Annual administration report of the Civil Veterinary Department of India - 1895-1896
Year: 1895
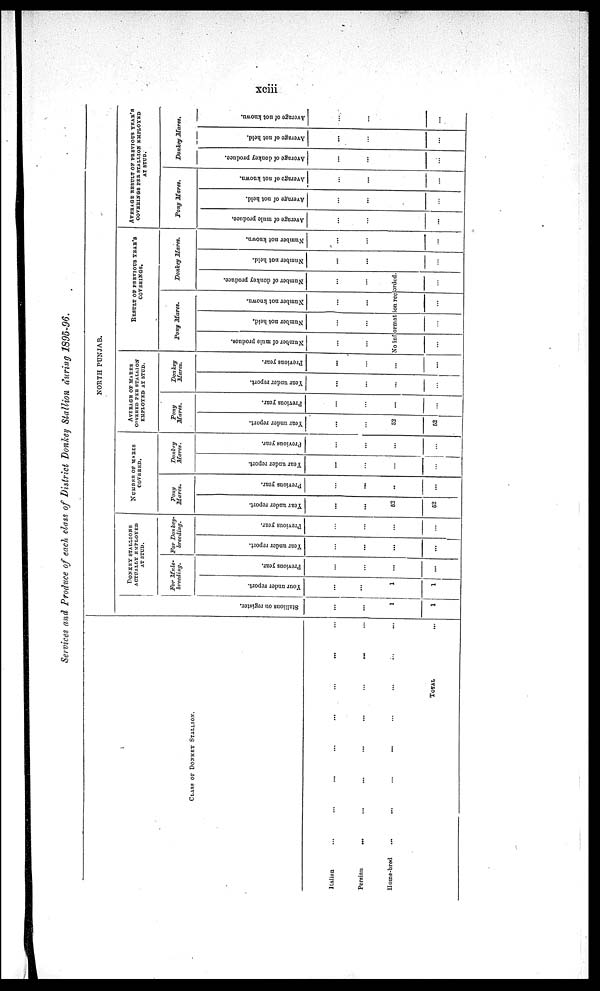
xciii
Services and Produce of each class of District Donkey Stallion during 1895-96.
CLASS OF DONKEY STALLION.
Italian ... ... ... ... ... ... ... ...
Persian ... ... ... ... ... ... ... ...
Home-brod ... ... ... ... ... ... ... ...
TOTAL ...
NORTH PUNJAB.
DONKEY STALLIONS
ACTUALLY EMPLOYED
AT STUD.
St al l
i
ons on register.
...
...
1
1
For Mule-
breeding.
Year
under report.
...
...
1
1
Previous year.
...
...
...
...
For Donkey-
breeding.
Year under report.
...
...
...
...
Previous year.
...
...
...
...
NUMBER OF MARES
COVERED.
Pony
Mares.
Year under report.
...
...
52
52
Previous year.
...
...
...
...
Donkey
Mares.
Year under report.
...
...
...
...
Previous year.
...
...
...
...
AVERAGE OF MARES
COVERED PER STALLION
EMPLOYED AT STUD.
Pony
Mares.
Year under report.
...
...
52
52
Previous year.
...
...
...
...
Donkey
Mares.
Year under report.
...
...
...
...
Previous year.
...
...
...
...
RESULT OF PREVIOUS YEAR'S
COVERINGS.
Pony Mares.
Number of mule produce.
...
Number not held.
...
Number not known.
...
Donkey Mares.
Number of donkey produce.
...
No information recorded.
... ...
... ...
Number not held.
...
...
...
Number not known.
...
...
AVERAGE RESULT OF PREVIOUS YEAR'S
COVERINGS PER STALLION EMPLOYED
AT STUD.
Pony
Mares.
Average of mule produce.
...
...
Average of not held.
...
...
Average of not known.
...
...
Donkey
Mares.
Average of donkey produce.
...
...
...
Average of not held.
...
...
...
Average of not known.
...
...